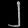
Digit: ၂